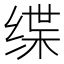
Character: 𫄬